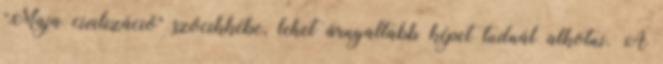
"Maja civilizáció" szócikkébe, lehet árnyaltabb képet tudnál alkotni. A